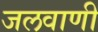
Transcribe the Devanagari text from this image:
जलवाणी